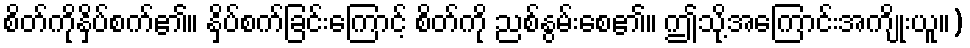
စိတ်ကိုနှိပ်စက်၏။ နှိပ်စက်ခြင်းကြောင့် စိတ်ကို ညစ်နွမ်းစေ၏။ ဤသို့အကြောင်းအကျိုးယူ။)